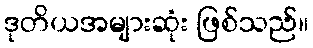
ဒုတိယအများဆုံး ဖြစ်သည်။